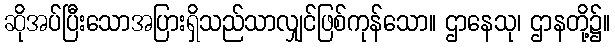
ဆိုအပ်ပြီးသောအပြားရှိသည်သာလျှင်ဖြစ်ကုန်သော။ ဌာနေသု၊ ဌာနတို့၌။